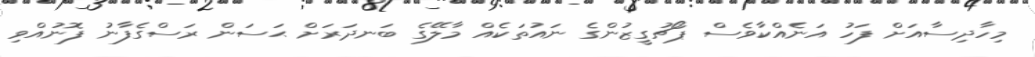
މިހާދިސާއަށް ފަހު އަނެއްކާވެސް ޕޯޗުގީޒުންގެ ނައުތަކެއް މާލޭގެ ބަނދަރަށް ޙަސަން ރަސްގެފާނު ފޮނުއްވި